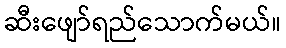
ဆီးဖျော်ရည်သောက်မယ်။